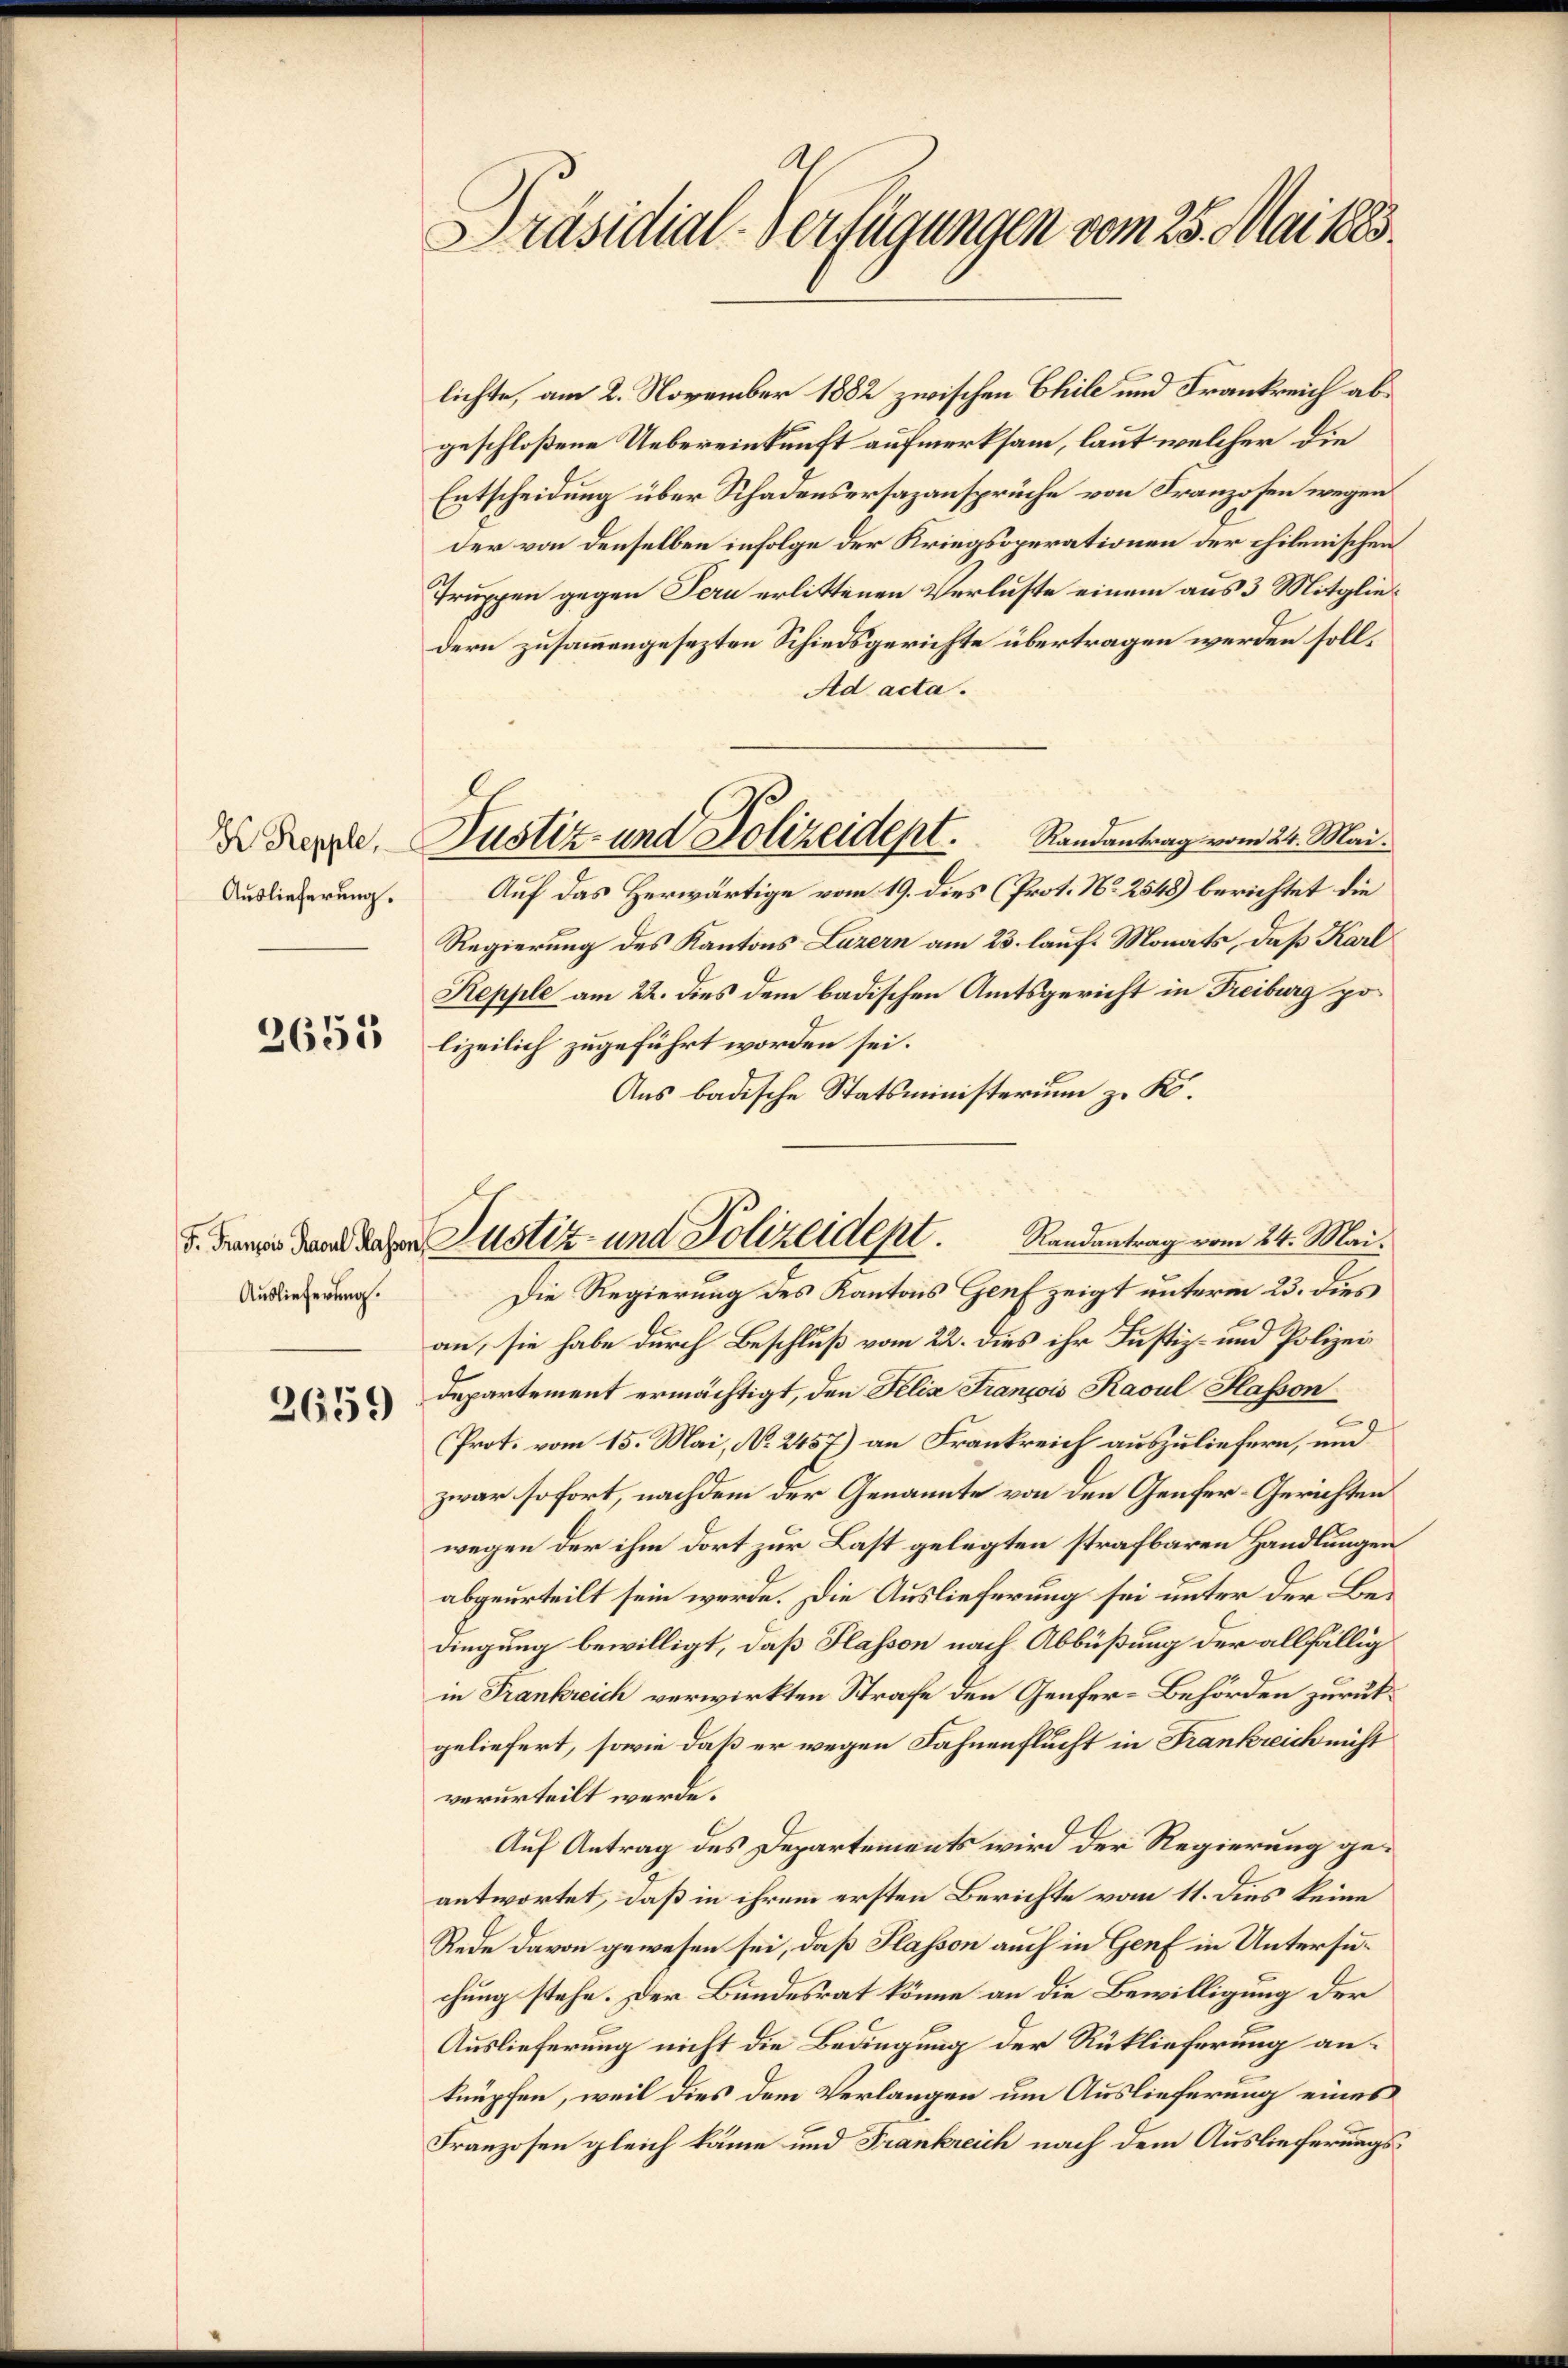
Auslieferung.

2655

Auslieferung.

2659

Präsidial-Verfügungen vom 25. Mai 1883.

lichte, am 2. November 1882 zwischen Chile und Frankreich abgeschloßene Uebereinkunft aufmerksam, laut welcher die
Entscheidung über Schadensersazansprüche von Franzosen wegen
der von denselben infolge der Kriegsoperationen der chilenischen
Truppen gegen Pern erlittenen Verluste einem aus 3 Mitgliedern zusammengesezten Schiedsgerichte übertragen werden soll¬
Ad acta.
Auf das Herwärtige vom 19. dies (Prot. No 2548) berichtet die
Regierung des Kantons Luzern am 23. lauf. Monats, daß Karl
Repple am 22. dies dem badischen Amtsgericht in Freiburg polizeilich zugeführt worden sei.
Aus badische Statsministerium zu K.
Die Regierung des Kantons Genf zeigt unterm 23. dies
an, sie habe durch Beschluß vom 22. dies ihr Justiz- und Polizei
departement ermächtigt, den Felix François Rasul Hasson
Prot. vom 15. Mai, No. 2457) an Frankreich auszuliefern, und
zwar sofort, nachdem der Genannte von den Genfer-Gerichten
wegen der ihm dort zur Last gelegten strafbaren Handlungen
abgeurteilt sein werde. Die Auslieferung sei unter der Bedingung bewilligt, daß Slassen nach Abbüßung der allfällig
in Frankreich verwirkten Strafe den Genfer-Behörden zurückgeliefert, sowie daß er wegen Fahnenflucht in Frankreich nicht
verurteilt werde.
Auf Antrag des Departements wird der Regierung geantwortet, daß in ihrem ersten Berichte vom 11. dies keine
Rede davon gewesen sei, daß Klassen auch in Genf in Untersuchung stehe. Der Bundesrat könne an die Bewilligung der
Auslieferung nicht die Bedingung der Rücklieferung anknüpfen, weil dies dem Verlangen um Auslieferung eines
Franzosen gleich käme und Frankreich nach dem Auslieferungs¬

I Dergl. Justiz- und Polizeidept. Randantrag vom 24. Mai.

5. Franz dann daher Justiz- und Polizeidept. Randantrag vom 24. Mai.